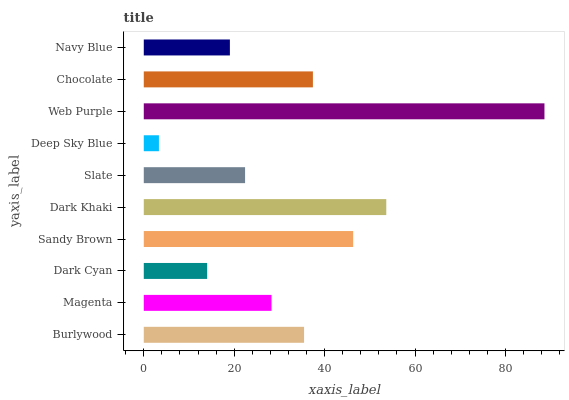
| yaxis_label | bars |
 | --- | --- |
 | Burlywood | 35.5 |
 | Magenta | 28.3 |
 | Dark Cyan | 14 |
 | Sandy Brown | 46.3 |
 | Dark Khaki | 53.6 |
 | Slate | 22.4 |
 | Deep Sky Blue | 3.35 |
 | Web Purple | 88.6 |
 | Chocolate | 37.4 |
 | Navy Blue | 19 |